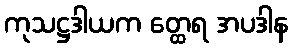
ကုသဋ္ဌဒါယက တ္ထေရ အပဒါန